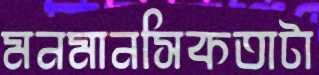
মনমানসিকতাটা